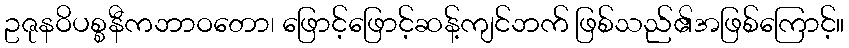
ဥဇုနဝိပစ္စနီကဘာဝတော၊ ဖြောင့်ဖြောင့်ဆန့်ကျင်ဘက် ဖြစ်သည်၏အဖြစ်ကြောင့်။